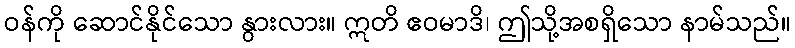
ဝန်ကို ဆောင်နိုင်သော နွားလား။ ဣတိ ဧဝမာဒိ၊ ဤသို့အစရှိသော နာမ်သည်။